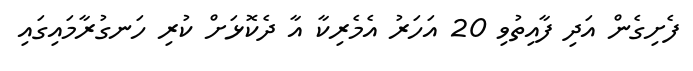
ފެށިގެން އަދި ފާއިތުވި 20 އަހަރު އެމެރިކާ އާ ދެކޮޅަށް ކުރި ހަނގުރާމައިގައި